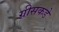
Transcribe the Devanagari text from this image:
ग्रीसकडे